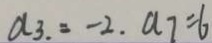
a _ { 3 } = - 2 . a _ { 7 } = 6